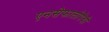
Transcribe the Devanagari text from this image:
एनसेफालोपैथी